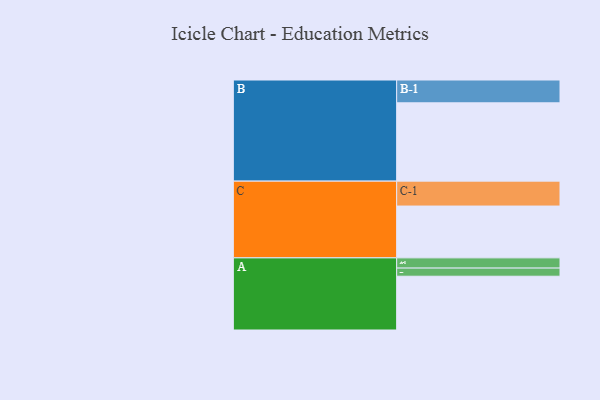
{"axis": {"x": "Segment", "y": "Value"}, "legend": ["", "A", "B", "C"], "data": [{"x": "A", "y": 410, "type": ""}, {"x": "B", "y": 597, "type": ""}, {"x": "C", "y": 395, "type": ""}, {"x": "A-1", "y": 78, "type": "A"}, {"x": "A-2", "y": 62, "type": "A"}, {"x": "B-1", "y": 174, "type": "B"}, {"x": "C-1", "y": 190, "type": "C"}]}